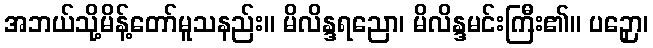
အဘယ်သို့မိန့်တော်မူသနည်း။ မိလိန္ဒရညော၊ မိလိန္ဒမင်းကြီး၏။ ပဉှော၊